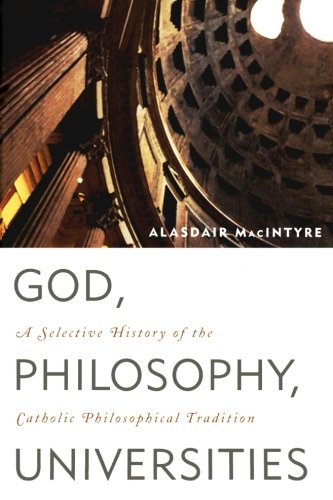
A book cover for God, Philosophy, Universities: A Selective History of the Catholic Philosophical Tradition; Alasdair MacIntyre; Religion & Spirituality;